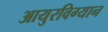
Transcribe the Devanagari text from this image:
आयुरविग्यान